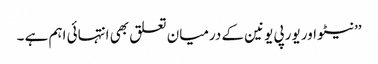
’’نیٹو اور یورپی یونین کے درمیان تعلق بھی انتہائی اہم ہے ۔